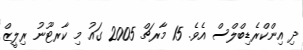
ދި އިންކްރެޑިބްލްސް އެވެ. 15 މާރޗް 2005 ގައު މި ކާރޓޫނު ރިލީޒް